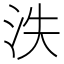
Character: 泆